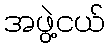
အဖွဲ့ငယ်